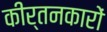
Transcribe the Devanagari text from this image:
कीर्तनकारों